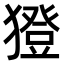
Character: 𤢈